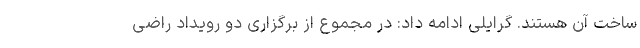
ساخت آن هستند. گرایلی ادامه داد: در مجموع از برگزاری دو رویداد راضی